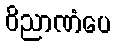
ဝိညာဏံပေ